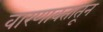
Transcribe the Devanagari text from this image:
वारणावतातून